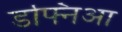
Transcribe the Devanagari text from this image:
डफ्निआ